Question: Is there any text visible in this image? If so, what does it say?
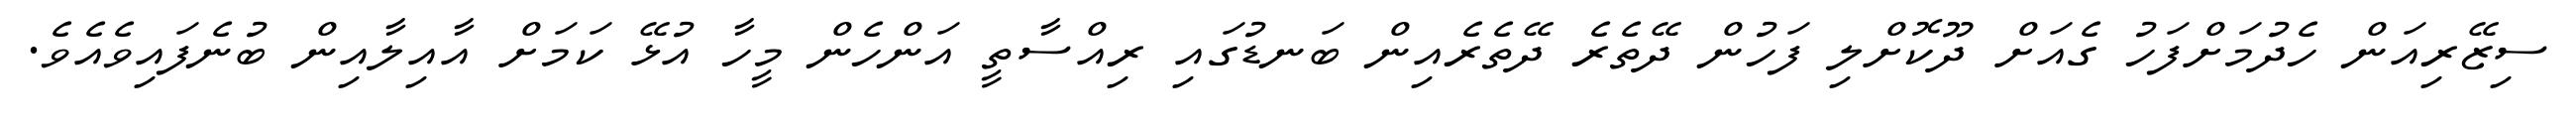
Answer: ސިޒޭރިއަން ހެދުމަށްފަހު ގެއަށް ދޫކޮށްލި ފަހުން ދޭތެރެ ދޭތެރެއިން ބަނޑުގައި ރިއްސާތީ އަންހެން މީހާ އުޅޭ ކަމަށް އާއިލާއިން ބުނެފައިވެއެވެ.